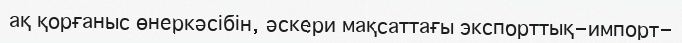
ақ қорғаныс өнеркәсібін, әскери мақсаттағы экспорттық-импорт-